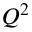
Q ^ { 2 }